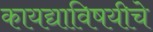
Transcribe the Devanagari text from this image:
कायद्याविषयीचे